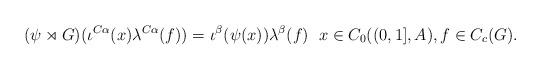
LaTeX: \begin{align*}(\psi\rtimes G)(\iota^{C\alpha}(x)\lambda^{C\alpha}(f))=\iota^\beta(\psi(x))\lambda^\beta(f)\; ~x\in C_0( (0,1], A), f\in C_c(G).\end{align*}